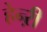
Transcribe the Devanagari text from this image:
हेन्ऱी